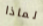
لماذا